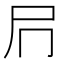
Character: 𭕔